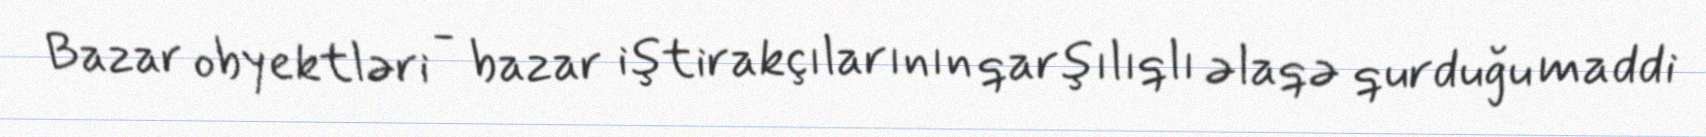
Bazar obyektləri - bazar iştirakçılarının qarşılıqlı əlaqə qurduğu maddi